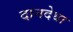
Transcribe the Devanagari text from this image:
दानदेथा